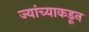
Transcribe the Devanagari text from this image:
ज्यांच्याकडून